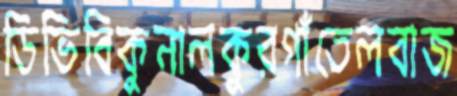
ডিভিবিকুনালকুরগাঁতেলবাজ